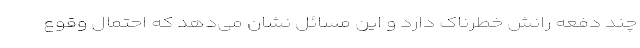
چند دفعه رانش خطرناک دارد و این مسائل نشان می‌دهد که احتمال وقوع